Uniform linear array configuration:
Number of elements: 4
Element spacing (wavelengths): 1
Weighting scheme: cosine
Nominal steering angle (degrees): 45
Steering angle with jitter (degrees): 44.847
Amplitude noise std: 0.05
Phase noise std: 0.05

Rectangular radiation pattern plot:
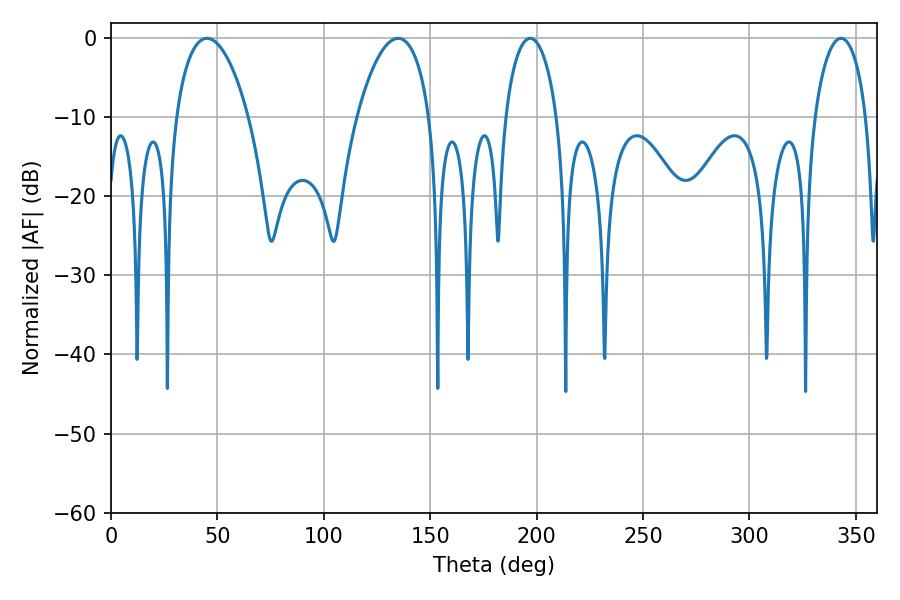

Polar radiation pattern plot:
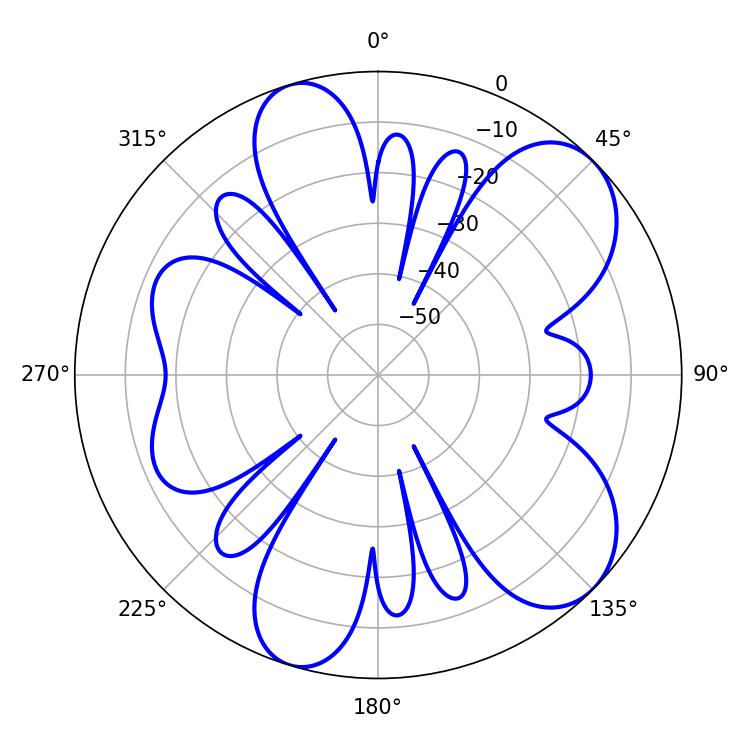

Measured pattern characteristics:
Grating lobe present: TRUE
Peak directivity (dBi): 7.991
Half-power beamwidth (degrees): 14.04
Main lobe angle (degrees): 196.92